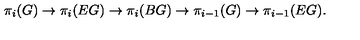
\pi _ { i } ( G ) \rightarrow \pi _ { i } ( E G ) \rightarrow \pi _ { i } ( B G ) \rightarrow \pi _ { i - 1 } ( G ) \rightarrow \pi _ { i - 1 } ( E G ) .